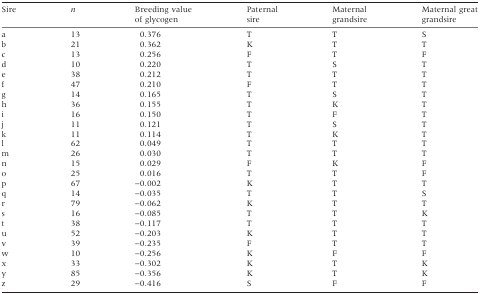
| Sire | n | Breeding value of glycogen | Paternal sire | Maternal grandsire | Maternal great grandsire |
 | --- | --- | --- | --- | --- | --- |
 | a | 13 | 0.376 | T | T | S |
 | b | 21 | 0.362 | K | T | T |
 | c | 13 | 0.256 | F | T | F |
 | d | 10 | 0.220 | T | S | T |
 | e | 38 | 0.212 | T | T | T |
 | f | 47 | 0.210 | F | T | T |
 | g | 14 | 0.165 | T | S | T |
 | h | 36 | 0.155 | T | K | T |
 | i | 16 | 0.150 | T | F | T |
 | j | 11 | 0.121 | T | S | T |
 | k | 11 | 0.114 | T | K | T |
 | l | 62 | 0.049 | T | T | T |
 | m | 26 | 0.030 | T | T | T |
 | n | 15 | 0.029 | F | K | F |
 | o | 25 | 0.016 | T | T | F |
 | p | 67 | −0.002 | K | T | T |
 | q | 14 | −0.035 | T | T | S |
 | r | 79 | −0.062 | K | T | T |
 | s | 16 | −0.085 | T | T | K |
 | t | 38 | −0.117 | T | T | T |
 | u | 52 | −0.203 | K | T | T |
 | v | 39 | −0.235 | F | T | T |
 | w | 10 | −0.256 | K | F | F |
 | x | 33 | −0.302 | K | T | K |
 | y | 85 | −0.356 | K | T | K |
 | z | 29 | −0.416 | S | F | F |